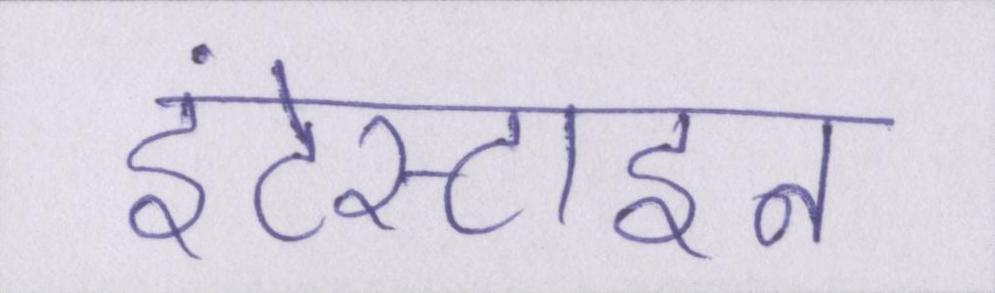
इंटेस्टाइन